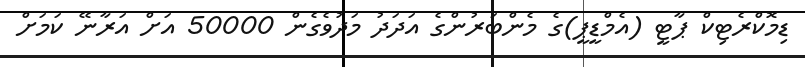
ޑިމޮކްރެޓިކް ޕާޓީ (އެމްޑީޕީ)ގެ މެންބަރުންގެ އަދަދު މަދުވެގެން 50000 އަށް އަރާނޭ ކަމަށް